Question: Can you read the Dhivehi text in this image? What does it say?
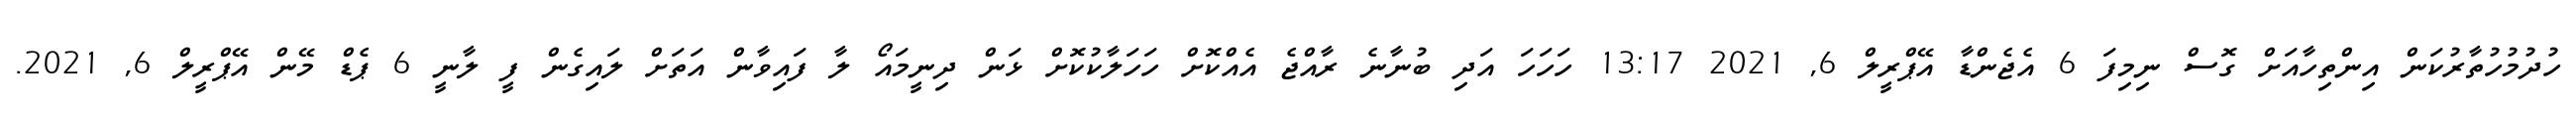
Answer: ހުދުމުހުތާރުކަން އިންތިހާއަށް ގޮސް ނިމިފަ 6 އެޖެންޑާ އޭޕްރީލް 6, 2021 13:17 ހަހަހަ އަދި ބުނާނެ ރާއްޖެ އެއްކޮށް ހަހަލާކުކޮށް ޅަން ދިނީމައޯ ލާ ފައިވާން އަތަށް ލައިގެން ފީ ލާނީ 6 ޕެޑް މޭން އޭޕްރީލް 6, 2021.